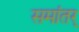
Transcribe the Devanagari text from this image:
समांतर्